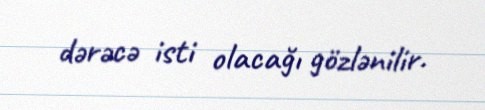
dərəcə isti olacağı gözlənilir.